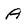
Character: A